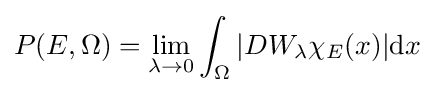
P(E,\Omega )=\lim _{\lambda \to 0}\int _{\Omega }|DW_{\lambda }\chi _{E}(x)|\mathrm {d} x